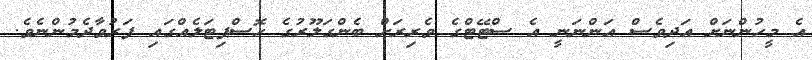
އެ މީހުންނަށް އަދިވެސް އަންނަނީ އެ ސްޓޭޓްގެ ވެރިރަށް ބެންގަލޫރުގެ ހޮސްޕިޓަލެއްގައި ފަރުވާދެމުންނެވެ.